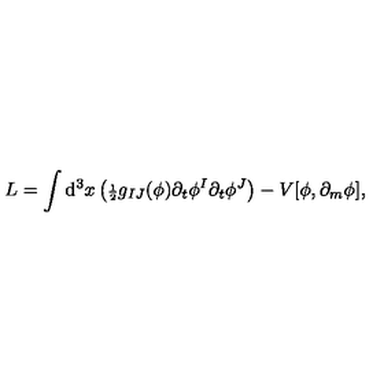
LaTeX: L = \int \mathrm { d } ^ { 3 } x \left( { \scriptstyle { \frac { 1 } { 2 } } } g _ { I J } ( \phi ) \partial _ { t } \phi ^ { I } \partial _ { t } \phi ^ { J } \right) - V [ \phi , \partial _ { m } \phi ] ,